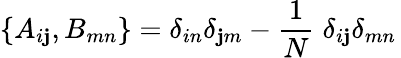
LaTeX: \{ A_{i\mathbf{j}},B_{mn}\} =\delta_{in}\delta_{\mathbf{j}m}-\frac{{1}}{{N}}\; \delta_{i\mathbf{j}}\delta_{mn}\,